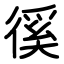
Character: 徯